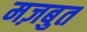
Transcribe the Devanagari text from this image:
मज़बुत